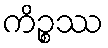
ကိဉ္စဿ